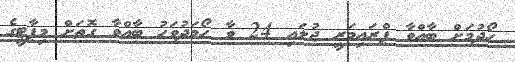
ހޯދުމަށް ބާއްވާ ޕްރައިމަރީ ޖުލައި 24 ވާ ހޯމަދުވަހު ބާއްވާ ގޮތަށް މިޕާޓީގެ